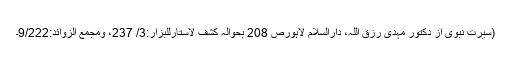
(سیرت نبوی از دکتور مہدی رزق اللہ، دارالسلام لاہورص 208 بحوالہ کشف لاستارللبزار:3/ 237، ومجمع الزوائد:9/222۔